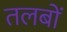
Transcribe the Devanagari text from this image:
तलबों